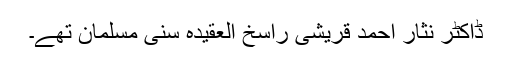
ڈاکٹر نثار احمد قریشی راسخ العقیدہ سنی مسلمان تھے۔